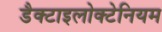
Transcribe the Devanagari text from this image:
डैक्टाइलोक्टेनियम